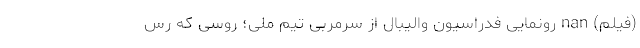
(فیلم) nan رونمایی فدراسیون والیبال از سرمربی تیم ملی؛ روسی که رُس